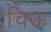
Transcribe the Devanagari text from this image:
चिऊ